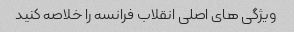
ویژگی های اصلی انقلاب فرانسه را خلاصه کنید